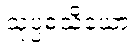
သုပ္ပဓံသိယော